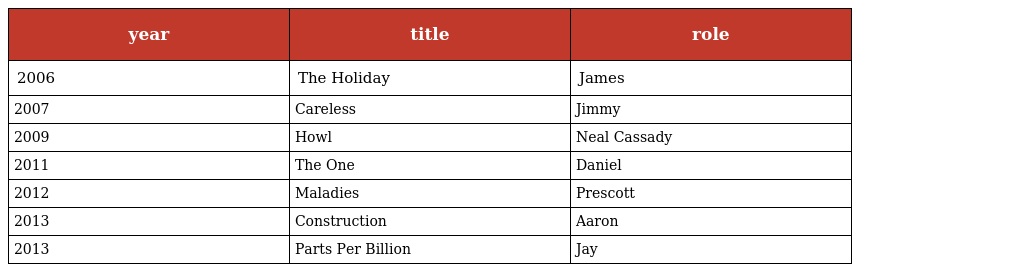
| year | title | role |
 | --- | --- | --- |
 | 2006 | The Holiday | James |
 | 2007 | Careless | Jimmy |
 | 2009 | Howl | Neal Cassady |
 | 2011 | The One | Daniel |
 | 2012 | Maladies | Prescott |
 | 2013 | Construction | Aaron |
 | 2013 | Parts Per Billion | Jay |